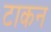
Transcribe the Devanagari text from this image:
टाकन